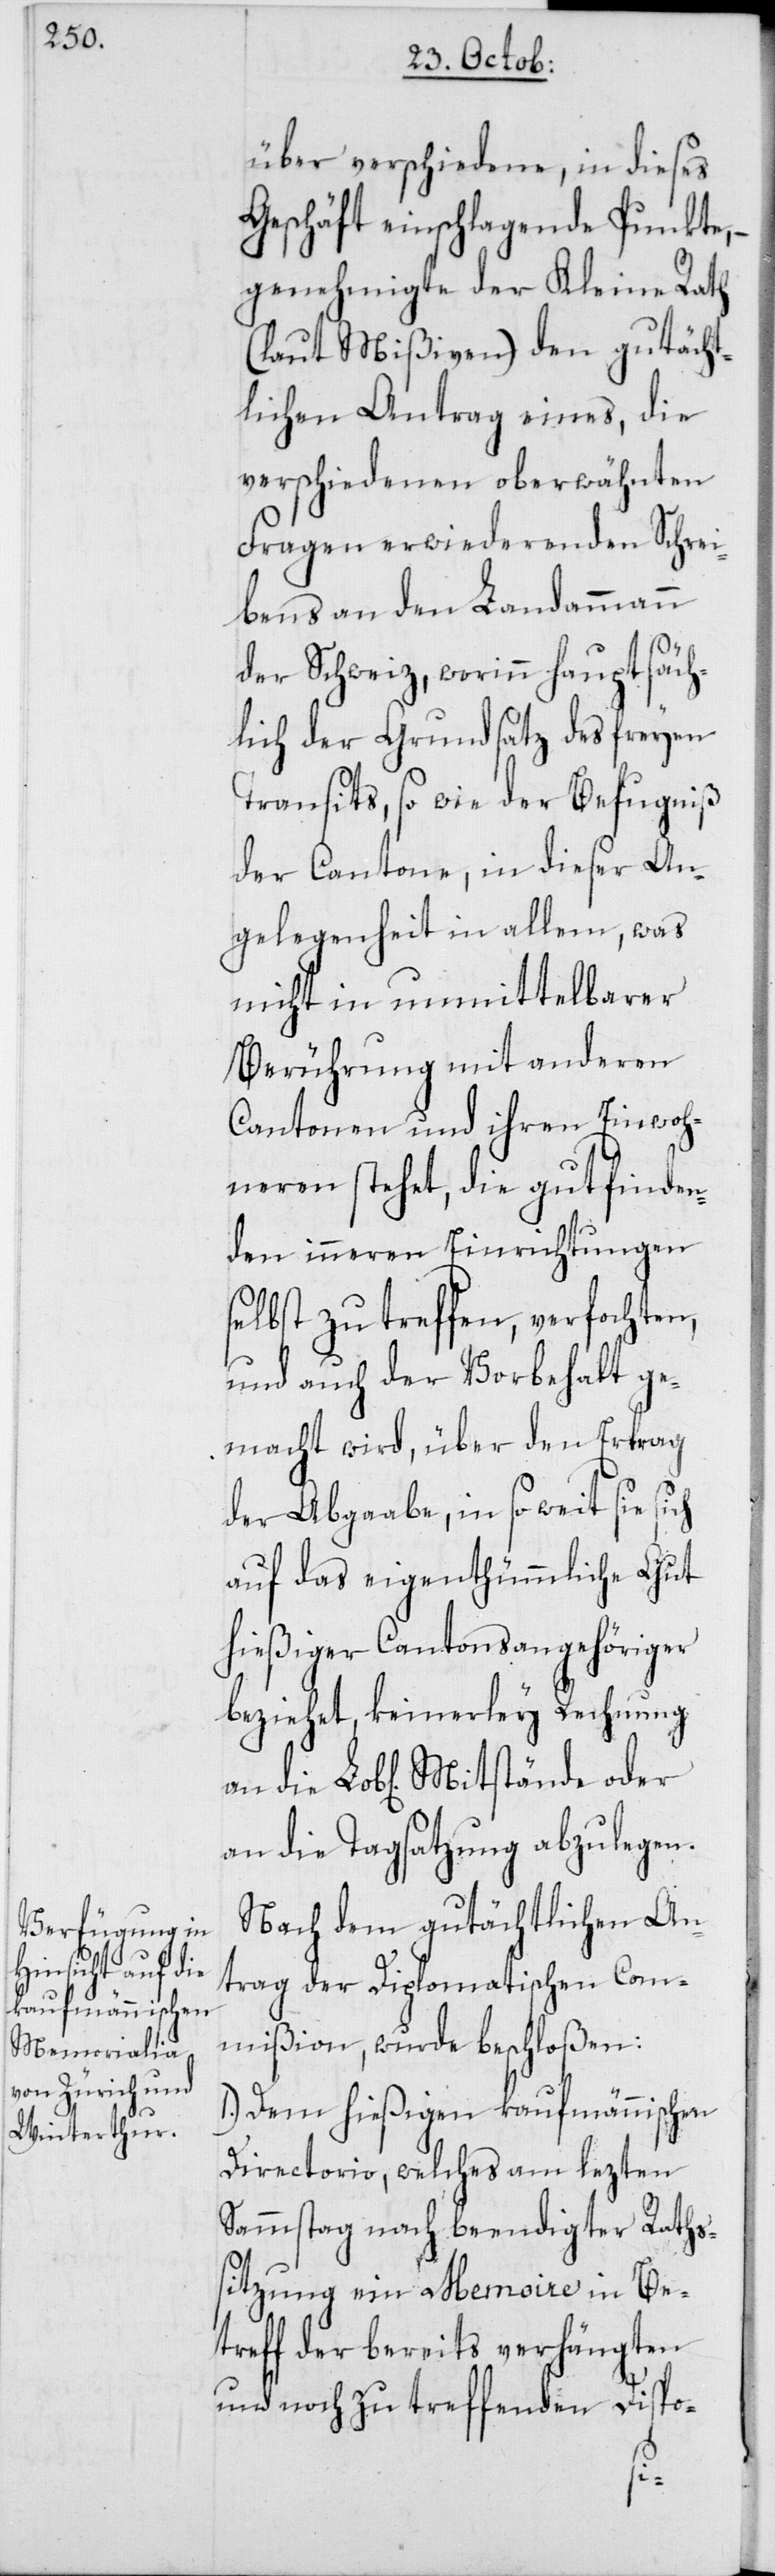
über verschiedene, in dieses
Geschäft einschlagende Punkte, –
genehmigte der Kleine Rath
(laut Mißiven) den gutächt¬
lichen Antrag eines, die
verschiedenen oberwähnten
Fragen erwiederenden Schrei¬
bens an den Landammann
der Schweiz, worinn hauptsäch¬
lich der Grundsatz des freyen
Transits, so wie der Befugniß
der Cantone, in dieser An¬
gelegenheit in allem, was
nicht in unmittelbarer
Berührung mit anderen
Cantonen und ihren Einwoh¬
neren stehet, die gutfinden¬
den inneren Einrichtungen
selbst zu treffen, verfochten,
und auch der Vorbehalt ge¬
macht wird, über den Ertrag
der Abgaabe, in so weit sie sich
auf das eigenthümmliche Gut
hießiger Cantonsangehöriger
beziehet, keinerley Rechnung
an die Tagsatzung abzulegen.
Nach dem gutächtlichen An¬
trag der Diplomatischen Com¬
mißion, wurde beschloßen:
1. Dem hießigen kaufmännischen
Directorio, welches am lezten
Sammstag nach beendigter Raths¬
sitzung ein Memoire in Be¬
treff der bereits verhängten
und noch zu treffenden Dispo-